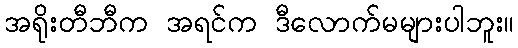
အရိုးတီဘီက အရင်က ဒီလောက်မများပါဘူး။